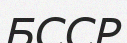
БССР